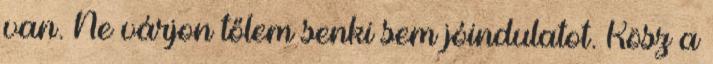
van. Ne várjon tőlem senki sem jóindulatot. Kösz a